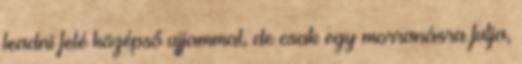
leadni felé középső ujjammal, de csak egy morranásra futja,